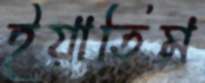
ইয়াতিম